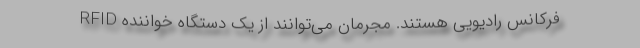
فرکانس رادیویی هستند. مجرمان می‌توانند از یک دستگاه خواننده RFID